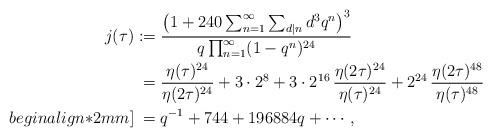
LaTeX: \begin{align*}j(\tau)&:=\frac{\big(1+240\sum_{n=1}^{\infty} \sum_{d\mid n}d^3 q^n\big)^3}{q\prod_{n=1}^{\infty}(1-q^n)^{24}}\\&\hphantom{:}=\frac{\eta(\tau)^{24}}{\eta(2\tau)^{24}}+3\cdot2^{8}+3\cdot2^{16}\,\frac{\eta(2\tau)^{24}}{\eta(\tau)^{24}}+2^{24}\,\frac{\eta(2\tau)^{48}}{\eta(\tau)^{48}}\\begin{align*}2mm]&\hphantom{:}=q^{-1}+744+196884q+\cdots,\end{align*}